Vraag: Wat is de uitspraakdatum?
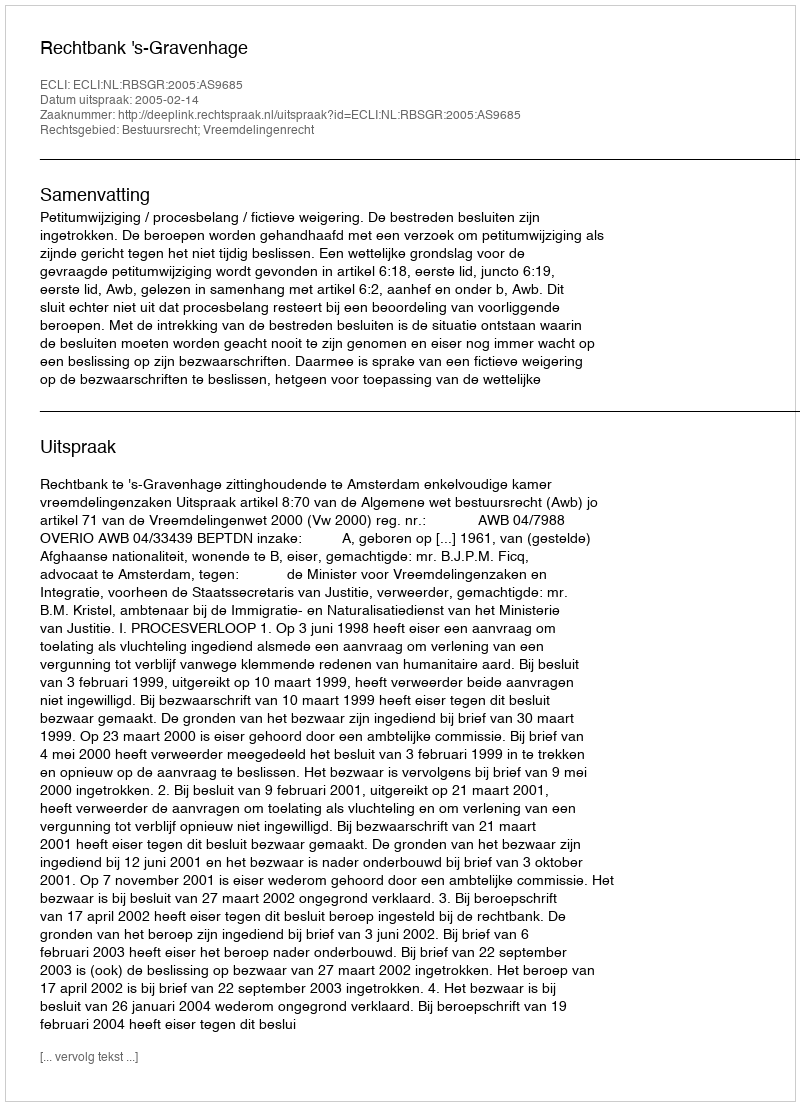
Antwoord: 2005-02-14